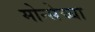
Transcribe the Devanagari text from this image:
मोन्सेच्या